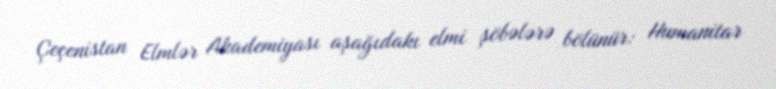
Çeçenistan Elmlər Akademiyası aşağıdakı elmi şöbələrə bölünür: Humanitar